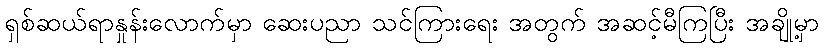
ရှစ်ဆယ်ရာနှုန်းလောက်မှာ ဆေးပညာ သင်ကြားရေး အတွက် အဆင့်မီကြပြီး အချို့မှာ